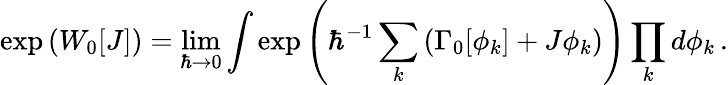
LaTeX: \exp\left(W_{0}[J]\right)=\operatorname*{lim}_{\hbar\to 0}\int\exp\left(\hbar^{-1}\sum_{k}\left(\Gamma_{0}[\phi_{k}]+J\phi_{k}\right)\right)\prod_{k}d\phi_{k}\, .